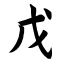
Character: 戊